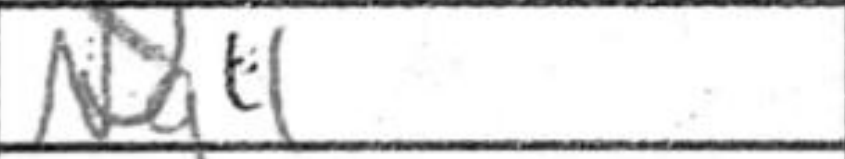
Transcription: Ng4